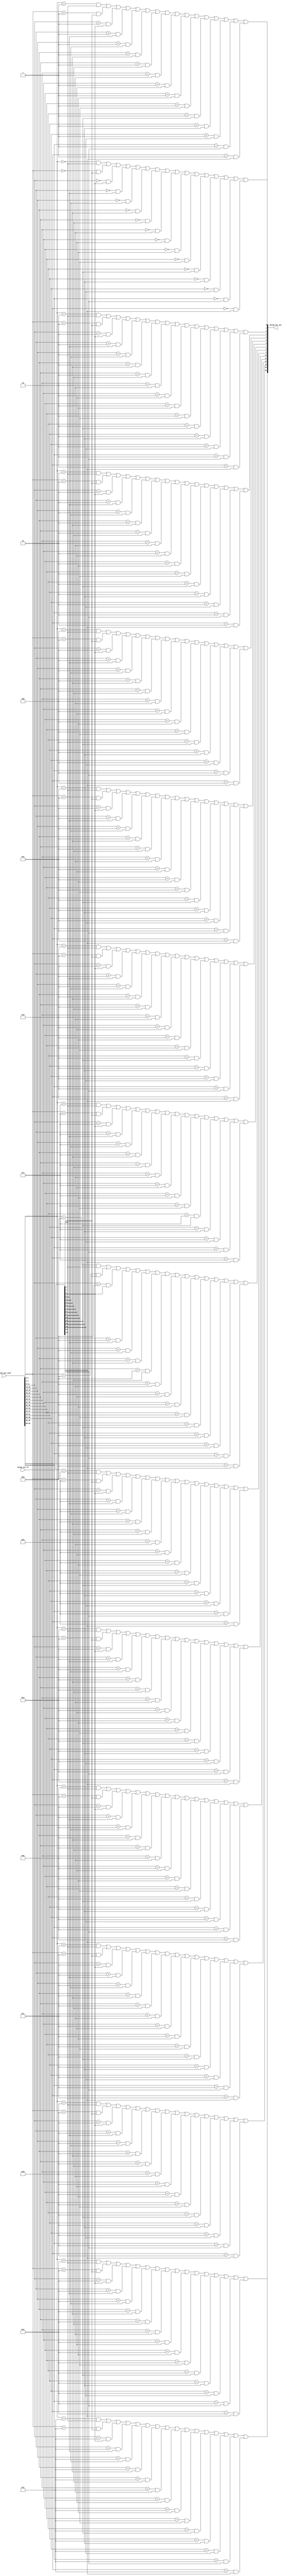

module branch_selector16x16
(
  input [16-1:0] merge_set_in,
  input [64-1:0] branch_net_conf,
  output [16-1:0] merge_set_out
);

  assign merge_set_out[0] = (branch_net_conf[3:0] == 0 && merge_set_in[0]) | (branch_net_conf[7:4] == 0 && merge_set_in[1]) | (branch_net_conf[11:8] == 0 && merge_set_in[2]) | (branch_net_conf[15:12] == 0 && merge_set_in[3]) | (branch_net_conf[19:16] == 0 && merge_set_in[4]) | (branch_net_conf[23:20] == 0 && merge_set_in[5]) | (branch_net_conf[27:24] == 0 && merge_set_in[6]) | (branch_net_conf[31:28] == 0 && merge_set_in[7]) | (branch_net_conf[35:32] == 0 && merge_set_in[8]) | (branch_net_conf[39:36] == 0 && merge_set_in[9]) | (branch_net_conf[43:40] == 0 && merge_set_in[10]) | (branch_net_conf[47:44] == 0 && merge_set_in[11]) | (branch_net_conf[51:48] == 0 && merge_set_in[12]) | (branch_net_conf[55:52] == 0 && merge_set_in[13]) | (branch_net_conf[59:56] == 0 && merge_set_in[14]) | (branch_net_conf[63:60] == 0 && merge_set_in[15]);
  assign merge_set_out[1] = (branch_net_conf[3:0] == 1 && merge_set_in[0]) | (branch_net_conf[7:4] == 1 && merge_set_in[1]) | (branch_net_conf[11:8] == 1 && merge_set_in[2]) | (branch_net_conf[15:12] == 1 && merge_set_in[3]) | (branch_net_conf[19:16] == 1 && merge_set_in[4]) | (branch_net_conf[23:20] == 1 && merge_set_in[5]) | (branch_net_conf[27:24] == 1 && merge_set_in[6]) | (branch_net_conf[31:28] == 1 && merge_set_in[7]) | (branch_net_conf[35:32] == 1 && merge_set_in[8]) | (branch_net_conf[39:36] == 1 && merge_set_in[9]) | (branch_net_conf[43:40] == 1 && merge_set_in[10]) | (branch_net_conf[47:44] == 1 && merge_set_in[11]) | (branch_net_conf[51:48] == 1 && merge_set_in[12]) | (branch_net_conf[55:52] == 1 && merge_set_in[13]) | (branch_net_conf[59:56] == 1 && merge_set_in[14]) | (branch_net_conf[63:60] == 1 && merge_set_in[15]);
  assign merge_set_out[2] = (branch_net_conf[3:0] == 2 && merge_set_in[0]) | (branch_net_conf[7:4] == 2 && merge_set_in[1]) | (branch_net_conf[11:8] == 2 && merge_set_in[2]) | (branch_net_conf[15:12] == 2 && merge_set_in[3]) | (branch_net_conf[19:16] == 2 && merge_set_in[4]) | (branch_net_conf[23:20] == 2 && merge_set_in[5]) | (branch_net_conf[27:24] == 2 && merge_set_in[6]) | (branch_net_conf[31:28] == 2 && merge_set_in[7]) | (branch_net_conf[35:32] == 2 && merge_set_in[8]) | (branch_net_conf[39:36] == 2 && merge_set_in[9]) | (branch_net_conf[43:40] == 2 && merge_set_in[10]) | (branch_net_conf[47:44] == 2 && merge_set_in[11]) | (branch_net_conf[51:48] == 2 && merge_set_in[12]) | (branch_net_conf[55:52] == 2 && merge_set_in[13]) | (branch_net_conf[59:56] == 2 && merge_set_in[14]) | (branch_net_conf[63:60] == 2 && merge_set_in[15]);
  assign merge_set_out[3] = (branch_net_conf[3:0] == 3 && merge_set_in[0]) | (branch_net_conf[7:4] == 3 && merge_set_in[1]) | (branch_net_conf[11:8] == 3 && merge_set_in[2]) | (branch_net_conf[15:12] == 3 && merge_set_in[3]) | (branch_net_conf[19:16] == 3 && merge_set_in[4]) | (branch_net_conf[23:20] == 3 && merge_set_in[5]) | (branch_net_conf[27:24] == 3 && merge_set_in[6]) | (branch_net_conf[31:28] == 3 && merge_set_in[7]) | (branch_net_conf[35:32] == 3 && merge_set_in[8]) | (branch_net_conf[39:36] == 3 && merge_set_in[9]) | (branch_net_conf[43:40] == 3 && merge_set_in[10]) | (branch_net_conf[47:44] == 3 && merge_set_in[11]) | (branch_net_conf[51:48] == 3 && merge_set_in[12]) | (branch_net_conf[55:52] == 3 && merge_set_in[13]) | (branch_net_conf[59:56] == 3 && merge_set_in[14]) | (branch_net_conf[63:60] == 3 && merge_set_in[15]);
  assign merge_set_out[4] = (branch_net_conf[3:0] == 4 && merge_set_in[0]) | (branch_net_conf[7:4] == 4 && merge_set_in[1]) | (branch_net_conf[11:8] == 4 && merge_set_in[2]) | (branch_net_conf[15:12] == 4 && merge_set_in[3]) | (branch_net_conf[19:16] == 4 && merge_set_in[4]) | (branch_net_conf[23:20] == 4 && merge_set_in[5]) | (branch_net_conf[27:24] == 4 && merge_set_in[6]) | (branch_net_conf[31:28] == 4 && merge_set_in[7]) | (branch_net_conf[35:32] == 4 && merge_set_in[8]) | (branch_net_conf[39:36] == 4 && merge_set_in[9]) | (branch_net_conf[43:40] == 4 && merge_set_in[10]) | (branch_net_conf[47:44] == 4 && merge_set_in[11]) | (branch_net_conf[51:48] == 4 && merge_set_in[12]) | (branch_net_conf[55:52] == 4 && merge_set_in[13]) | (branch_net_conf[59:56] == 4 && merge_set_in[14]) | (branch_net_conf[63:60] == 4 && merge_set_in[15]);
  assign merge_set_out[5] = (branch_net_conf[3:0] == 5 && merge_set_in[0]) | (branch_net_conf[7:4] == 5 && merge_set_in[1]) | (branch_net_conf[11:8] == 5 && merge_set_in[2]) | (branch_net_conf[15:12] == 5 && merge_set_in[3]) | (branch_net_conf[19:16] == 5 && merge_set_in[4]) | (branch_net_conf[23:20] == 5 && merge_set_in[5]) | (branch_net_conf[27:24] == 5 && merge_set_in[6]) | (branch_net_conf[31:28] == 5 && merge_set_in[7]) | (branch_net_conf[35:32] == 5 && merge_set_in[8]) | (branch_net_conf[39:36] == 5 && merge_set_in[9]) | (branch_net_conf[43:40] == 5 && merge_set_in[10]) | (branch_net_conf[47:44] == 5 && merge_set_in[11]) | (branch_net_conf[51:48] == 5 && merge_set_in[12]) | (branch_net_conf[55:52] == 5 && merge_set_in[13]) | (branch_net_conf[59:56] == 5 && merge_set_in[14]) | (branch_net_conf[63:60] == 5 && merge_set_in[15]);
  assign merge_set_out[6] = (branch_net_conf[3:0] == 6 && merge_set_in[0]) | (branch_net_conf[7:4] == 6 && merge_set_in[1]) | (branch_net_conf[11:8] == 6 && merge_set_in[2]) | (branch_net_conf[15:12] == 6 && merge_set_in[3]) | (branch_net_conf[19:16] == 6 && merge_set_in[4]) | (branch_net_conf[23:20] == 6 && merge_set_in[5]) | (branch_net_conf[27:24] == 6 && merge_set_in[6]) | (branch_net_conf[31:28] == 6 && merge_set_in[7]) | (branch_net_conf[35:32] == 6 && merge_set_in[8]) | (branch_net_conf[39:36] == 6 && merge_set_in[9]) | (branch_net_conf[43:40] == 6 && merge_set_in[10]) | (branch_net_conf[47:44] == 6 && merge_set_in[11]) | (branch_net_conf[51:48] == 6 && merge_set_in[12]) | (branch_net_conf[55:52] == 6 && merge_set_in[13]) | (branch_net_conf[59:56] == 6 && merge_set_in[14]) | (branch_net_conf[63:60] == 6 && merge_set_in[15]);
  assign merge_set_out[7] = (branch_net_conf[3:0] == 7 && merge_set_in[0]) | (branch_net_conf[7:4] == 7 && merge_set_in[1]) | (branch_net_conf[11:8] == 7 && merge_set_in[2]) | (branch_net_conf[15:12] == 7 && merge_set_in[3]) | (branch_net_conf[19:16] == 7 && merge_set_in[4]) | (branch_net_conf[23:20] == 7 && merge_set_in[5]) | (branch_net_conf[27:24] == 7 && merge_set_in[6]) | (branch_net_conf[31:28] == 7 && merge_set_in[7]) | (branch_net_conf[35:32] == 7 && merge_set_in[8]) | (branch_net_conf[39:36] == 7 && merge_set_in[9]) | (branch_net_conf[43:40] == 7 && merge_set_in[10]) | (branch_net_conf[47:44] == 7 && merge_set_in[11]) | (branch_net_conf[51:48] == 7 && merge_set_in[12]) | (branch_net_conf[55:52] == 7 && merge_set_in[13]) | (branch_net_conf[59:56] == 7 && merge_set_in[14]) | (branch_net_conf[63:60] == 7 && merge_set_in[15]);
  assign merge_set_out[8] = (branch_net_conf[3:0] == 8 && merge_set_in[0]) | (branch_net_conf[7:4] == 8 && merge_set_in[1]) | (branch_net_conf[11:8] == 8 && merge_set_in[2]) | (branch_net_conf[15:12] == 8 && merge_set_in[3]) | (branch_net_conf[19:16] == 8 && merge_set_in[4]) | (branch_net_conf[23:20] == 8 && merge_set_in[5]) | (branch_net_conf[27:24] == 8 && merge_set_in[6]) | (branch_net_conf[31:28] == 8 && merge_set_in[7]) | (branch_net_conf[35:32] == 8 && merge_set_in[8]) | (branch_net_conf[39:36] == 8 && merge_set_in[9]) | (branch_net_conf[43:40] == 8 && merge_set_in[10]) | (branch_net_conf[47:44] == 8 && merge_set_in[11]) | (branch_net_conf[51:48] == 8 && merge_set_in[12]) | (branch_net_conf[55:52] == 8 && merge_set_in[13]) | (branch_net_conf[59:56] == 8 && merge_set_in[14]) | (branch_net_conf[63:60] == 8 && merge_set_in[15]);
  assign merge_set_out[9] = (branch_net_conf[3:0] == 9 && merge_set_in[0]) | (branch_net_conf[7:4] == 9 && merge_set_in[1]) | (branch_net_conf[11:8] == 9 && merge_set_in[2]) | (branch_net_conf[15:12] == 9 && merge_set_in[3]) | (branch_net_conf[19:16] == 9 && merge_set_in[4]) | (branch_net_conf[23:20] == 9 && merge_set_in[5]) | (branch_net_conf[27:24] == 9 && merge_set_in[6]) | (branch_net_conf[31:28] == 9 && merge_set_in[7]) | (branch_net_conf[35:32] == 9 && merge_set_in[8]) | (branch_net_conf[39:36] == 9 && merge_set_in[9]) | (branch_net_conf[43:40] == 9 && merge_set_in[10]) | (branch_net_conf[47:44] == 9 && merge_set_in[11]) | (branch_net_conf[51:48] == 9 && merge_set_in[12]) | (branch_net_conf[55:52] == 9 && merge_set_in[13]) | (branch_net_conf[59:56] == 9 && merge_set_in[14]) | (branch_net_conf[63:60] == 9 && merge_set_in[15]);
  assign merge_set_out[10] = (branch_net_conf[3:0] == 10 && merge_set_in[0]) | (branch_net_conf[7:4] == 10 && merge_set_in[1]) | (branch_net_conf[11:8] == 10 && merge_set_in[2]) | (branch_net_conf[15:12] == 10 && merge_set_in[3]) | (branch_net_conf[19:16] == 10 && merge_set_in[4]) | (branch_net_conf[23:20] == 10 && merge_set_in[5]) | (branch_net_conf[27:24] == 10 && merge_set_in[6]) | (branch_net_conf[31:28] == 10 && merge_set_in[7]) | (branch_net_conf[35:32] == 10 && merge_set_in[8]) | (branch_net_conf[39:36] == 10 && merge_set_in[9]) | (branch_net_conf[43:40] == 10 && merge_set_in[10]) | (branch_net_conf[47:44] == 10 && merge_set_in[11]) | (branch_net_conf[51:48] == 10 && merge_set_in[12]) | (branch_net_conf[55:52] == 10 && merge_set_in[13]) | (branch_net_conf[59:56] == 10 && merge_set_in[14]) | (branch_net_conf[63:60] == 10 && merge_set_in[15]);
  assign merge_set_out[11] = (branch_net_conf[3:0] == 11 && merge_set_in[0]) | (branch_net_conf[7:4] == 11 && merge_set_in[1]) | (branch_net_conf[11:8] == 11 && merge_set_in[2]) | (branch_net_conf[15:12] == 11 && merge_set_in[3]) | (branch_net_conf[19:16] == 11 && merge_set_in[4]) | (branch_net_conf[23:20] == 11 && merge_set_in[5]) | (branch_net_conf[27:24] == 11 && merge_set_in[6]) | (branch_net_conf[31:28] == 11 && merge_set_in[7]) | (branch_net_conf[35:32] == 11 && merge_set_in[8]) | (branch_net_conf[39:36] == 11 && merge_set_in[9]) | (branch_net_conf[43:40] == 11 && merge_set_in[10]) | (branch_net_conf[47:44] == 11 && merge_set_in[11]) | (branch_net_conf[51:48] == 11 && merge_set_in[12]) | (branch_net_conf[55:52] == 11 && merge_set_in[13]) | (branch_net_conf[59:56] == 11 && merge_set_in[14]) | (branch_net_conf[63:60] == 11 && merge_set_in[15]);
  assign merge_set_out[12] = (branch_net_conf[3:0] == 12 && merge_set_in[0]) | (branch_net_conf[7:4] == 12 && merge_set_in[1]) | (branch_net_conf[11:8] == 12 && merge_set_in[2]) | (branch_net_conf[15:12] == 12 && merge_set_in[3]) | (branch_net_conf[19:16] == 12 && merge_set_in[4]) | (branch_net_conf[23:20] == 12 && merge_set_in[5]) | (branch_net_conf[27:24] == 12 && merge_set_in[6]) | (branch_net_conf[31:28] == 12 && merge_set_in[7]) | (branch_net_conf[35:32] == 12 && merge_set_in[8]) | (branch_net_conf[39:36] == 12 && merge_set_in[9]) | (branch_net_conf[43:40] == 12 && merge_set_in[10]) | (branch_net_conf[47:44] == 12 && merge_set_in[11]) | (branch_net_conf[51:48] == 12 && merge_set_in[12]) | (branch_net_conf[55:52] == 12 && merge_set_in[13]) | (branch_net_conf[59:56] == 12 && merge_set_in[14]) | (branch_net_conf[63:60] == 12 && merge_set_in[15]);
  assign merge_set_out[13] = (branch_net_conf[3:0] == 13 && merge_set_in[0]) | (branch_net_conf[7:4] == 13 && merge_set_in[1]) | (branch_net_conf[11:8] == 13 && merge_set_in[2]) | (branch_net_conf[15:12] == 13 && merge_set_in[3]) | (branch_net_conf[19:16] == 13 && merge_set_in[4]) | (branch_net_conf[23:20] == 13 && merge_set_in[5]) | (branch_net_conf[27:24] == 13 && merge_set_in[6]) | (branch_net_conf[31:28] == 13 && merge_set_in[7]) | (branch_net_conf[35:32] == 13 && merge_set_in[8]) | (branch_net_conf[39:36] == 13 && merge_set_in[9]) | (branch_net_conf[43:40] == 13 && merge_set_in[10]) | (branch_net_conf[47:44] == 13 && merge_set_in[11]) | (branch_net_conf[51:48] == 13 && merge_set_in[12]) | (branch_net_conf[55:52] == 13 && merge_set_in[13]) | (branch_net_conf[59:56] == 13 && merge_set_in[14]) | (branch_net_conf[63:60] == 13 && merge_set_in[15]);
  assign merge_set_out[14] = (branch_net_conf[3:0] == 14 && merge_set_in[0]) | (branch_net_conf[7:4] == 14 && merge_set_in[1]) | (branch_net_conf[11:8] == 14 && merge_set_in[2]) | (branch_net_conf[15:12] == 14 && merge_set_in[3]) | (branch_net_conf[19:16] == 14 && merge_set_in[4]) | (branch_net_conf[23:20] == 14 && merge_set_in[5]) | (branch_net_conf[27:24] == 14 && merge_set_in[6]) | (branch_net_conf[31:28] == 14 && merge_set_in[7]) | (branch_net_conf[35:32] == 14 && merge_set_in[8]) | (branch_net_conf[39:36] == 14 && merge_set_in[9]) | (branch_net_conf[43:40] == 14 && merge_set_in[10]) | (branch_net_conf[47:44] == 14 && merge_set_in[11]) | (branch_net_conf[51:48] == 14 && merge_set_in[12]) | (branch_net_conf[55:52] == 14 && merge_set_in[13]) | (branch_net_conf[59:56] == 14 && merge_set_in[14]) | (branch_net_conf[63:60] == 14 && merge_set_in[15]);
  assign merge_set_out[15] = (branch_net_conf[3:0] == 15 && merge_set_in[0]) | (branch_net_conf[7:4] == 15 && merge_set_in[1]) | (branch_net_conf[11:8] == 15 && merge_set_in[2]) | (branch_net_conf[15:12] == 15 && merge_set_in[3]) | (branch_net_conf[19:16] == 15 && merge_set_in[4]) | (branch_net_conf[23:20] == 15 && merge_set_in[5]) | (branch_net_conf[27:24] == 15 && merge_set_in[6]) | (branch_net_conf[31:28] == 15 && merge_set_in[7]) | (branch_net_conf[35:32] == 15 && merge_set_in[8]) | (branch_net_conf[39:36] == 15 && merge_set_in[9]) | (branch_net_conf[43:40] == 15 && merge_set_in[10]) | (branch_net_conf[47:44] == 15 && merge_set_in[11]) | (branch_net_conf[51:48] == 15 && merge_set_in[12]) | (branch_net_conf[55:52] == 15 && merge_set_in[13]) | (branch_net_conf[59:56] == 15 && merge_set_in[14]) | (branch_net_conf[63:60] == 15 && merge_set_in[15]);

endmodule